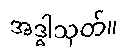
အဒ္ဓါသုတ်။